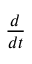
\frac { d } { d t }